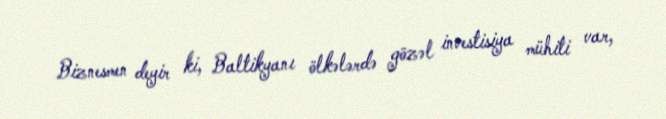
Biznesmen deyir ki, Baltikyanı ölkələrdə gözəl investisiya mühiti var,